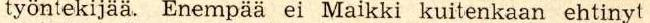
työntekijää. Enempää ei Maikki kuitenkaan ehtinyt